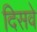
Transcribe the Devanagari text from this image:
दिसवे